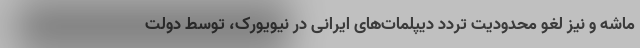
ماشه و نیز لغو محدودیت تردد دیپلمات‌های ایرانی در نیویورک، توسط دولت